Scottish Leaving Certificate Examination, 1957
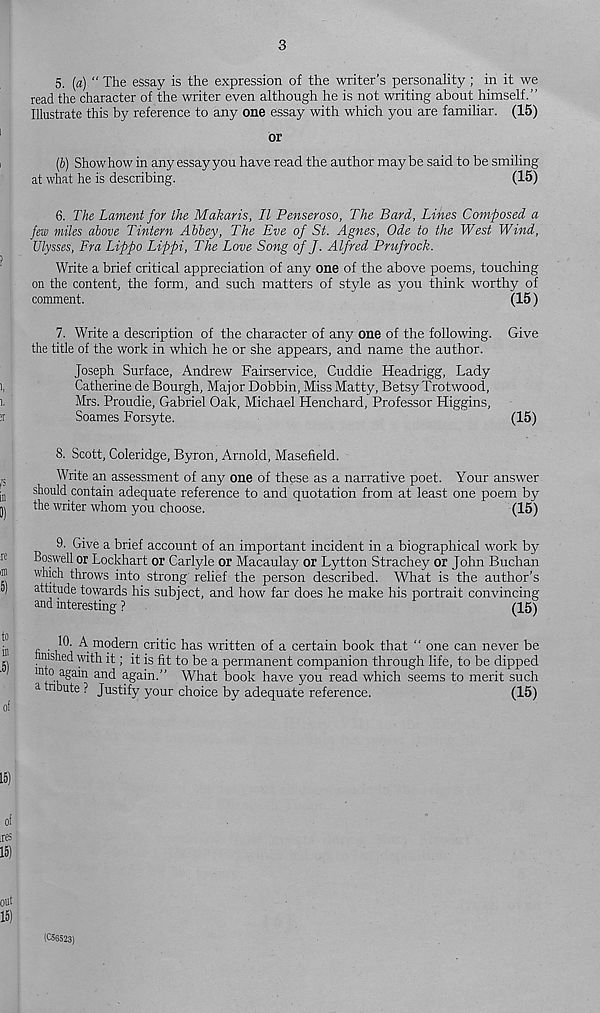
3
5. (a) “ The essay is the expression of the writer’s personality; in it we
read the character of the writer even although he is not writing about himself.”
Illustrate this by reference to any one essay with which you are familiar. (15)
or
(6) Show how in any essay you have read the author maybe said to be smiling
at what he is describing.
(15)
6. The Lament for the Makaris, II Penseroso, The Bard, Lines Composed a
few miles above Tintern Abbey, The Eve of St. Agnes, Ode to the West Wind,
Ulysses, Fra Lippo Lippi, The Love Song of J. Alfred Prufrock.
Write a brief critical appreciation of any one of the above poems, touching
on the content, the form, and such matters of style as you think worthy of
comment.
(15)
7. Write a description of the character of any one of the following. Give
the title of the work in which he or she appears, and name the author.
Joseph Surface, Andrew Fairservice, Cuddie Headrigg, Lady
Catherine de Bourgh, Major Dobbin, Miss Matty, Betsy Trotwood,
Mrs. Proudie, Gabriel Oak, Michael Henchard, Professor Higgins,
Soames Forsyte.
(15)
8. Scott, Coleridge, Byron, Arnold, Masefield.
Write an assessment of any one of these as a narrative poet. Your answer
should contain adequate reference to and quotation from at least one poem by
the writer whom you choose.
(15)
9. Give a brief account of an important incident in a biographical work by
Boswell or Lockhart or Carlyle or Macaulay or Lytton Strachey or John Buchan
which throws into strong relief the person described. What is the author’s
attitude towards his subject, and how far does he make his portrait convincing
and interesting ?
(15)
10. A modern critic has written of a certain book that " one can never be
finished with it; it is fit to be a permanent companion through life, to be dipped
and again.” What book have you read which seems to merit such
a nbute ? Justify your choice by adequate reference.
(15)
(C56523)